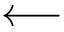
\longleftarrow